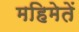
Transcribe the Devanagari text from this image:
महिमेतें